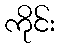
ကိုင်း